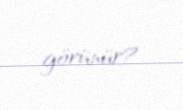
görünür?.